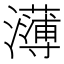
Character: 𭳭